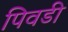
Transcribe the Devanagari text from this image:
पिवडी